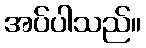
အပ်ပါသည်။